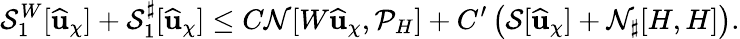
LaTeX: \mathcal{S}_{1}^{W}[\widehat{\mathbf{u}}_{\chi}]+{\mathcal{S}_{1}^{\sharp}}[\widehat{\mathbf{u}}_{\chi}]\leq C\mathcal{N}[W\widehat{\mathbf{u}}_{\chi},\mathcal{P}_{H}]+C^{\prime}\left(\mathcal{S}[\widehat{\mathbf{u}}_{\chi}]+\mathcal{N}_{\sharp}[H,H]\right).